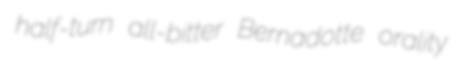
half-turn all-bitter Bernadotte orality